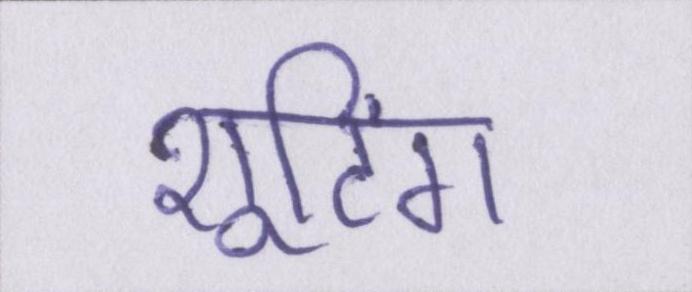
शूटिंग